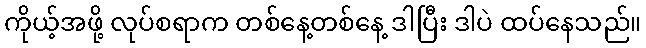
ကိုယ့်အဖို့ လုပ်စရာက တစ်နေ့တစ်နေ့ ဒါပြီး ဒါပဲ ထပ်နေသည်။